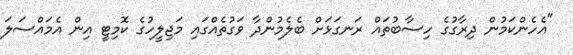
"އެހެންކަމުން ދިރާގުގެ ހިސާބުތައް ރަނގަޅަށް ބެލެމުންދާ ވަގުތެއްގައި މަޖިލީހުގެ ކޮމިޓީ އިން އެމައްސަލަ